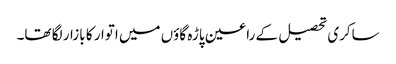
ساکری تحصیل کے راعین پاڑہ گاؤں میں اتوار کا بازار لگا تھا۔